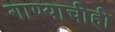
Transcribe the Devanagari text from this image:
गाण्याचीही